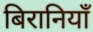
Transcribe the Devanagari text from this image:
बिरानियाँ